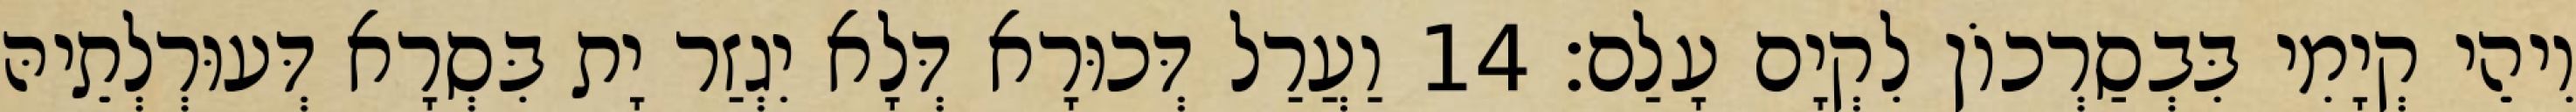
וִיהֵי קְיָמִי בִּבְסַרְכוֹן לִקְיָם עָלַם׃ 14 וַעֲרַל דְּכוּרָא דְּלָא יִגְזַר יָת בִּסְרָא דְּעוּרְלְתֵיהּ